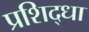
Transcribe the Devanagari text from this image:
प्रशिद्धा